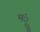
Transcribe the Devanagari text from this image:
मंु